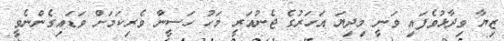
ޒިޔާ ވިދާޅުވެފައި ވަނީ މިދިޔަ އަހަރުގެ ޖެނުއަރީ މަހު ހަސީނާ ވެރިކަމަށް ވަޑައިގެންނެވީ